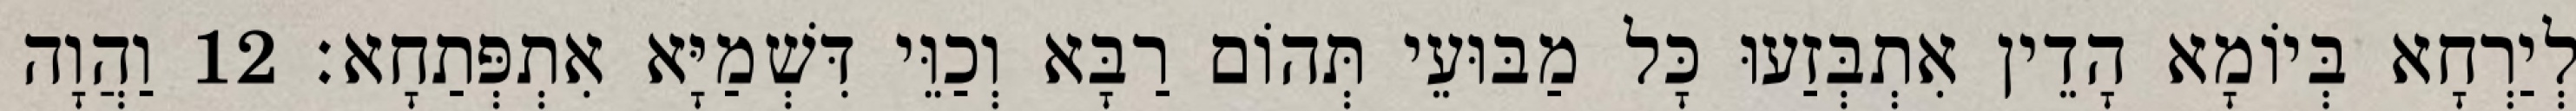
לְיַרְחָא בְּיוֹמָא הָדֵין אִתְבְּזַעוּ כָּל מַבּוּעֵי תְּהוֹם רַבָּא וְכַוֵּי דִּשְׁמַיָּא אִתְפְּתַחָא׃ 12 וַהֲוָה